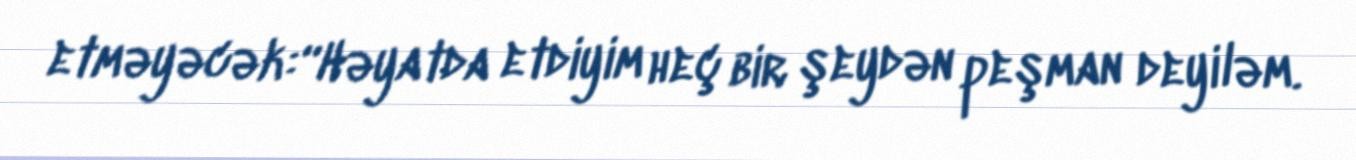
etməyəcək:“Həyatda etdiyim heç bir şeydən peşman deyiləm.